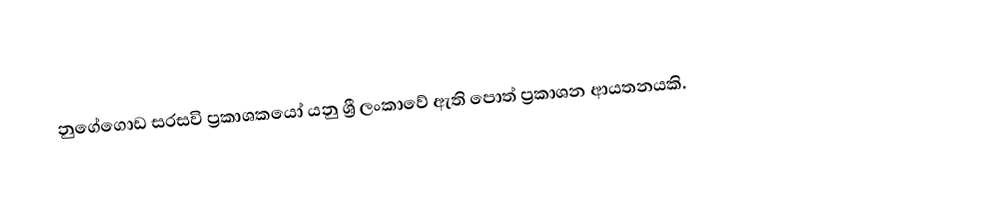
නුගේගොඩ සරසවි ප්‍රකාශකයෝ යනු ශ්‍රී ලංකාවේ ඇති පොත් ප්‍රකාශන ආයතනයකි.